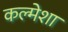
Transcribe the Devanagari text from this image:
कल्मेशा